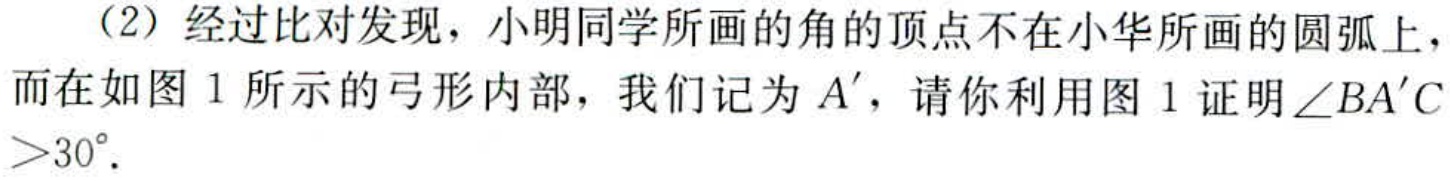
（2）经过比对发现，小明同学所画的角的顶点不在小华所画的圆弧上，而在如图 1 所示的弓形内部，我们记为 \(A'\)，请你利用图 1 证明 \(\angle BA'C>30^{\circ}\).